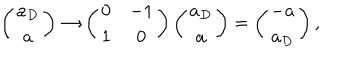
LaTeX: \left( \begin{array} { c } { { a _ { D } } } \\ { { a } } \\ \end{array} \right) \rightarrow \left( \begin{array} { c c } { { 0 } } & { { - 1 } } \\ { { 1 } } & { { 0 } } \\ \end{array} \right) \left( \begin{array} { c } { { a _ { D } } } \\ { { a } } \\ \end{array} \right) = \left( \begin{array} { c } { { - a } } \\ { { a _ { D } } } \\ \end{array} \right) ,